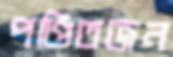
পণ্ডিতজন